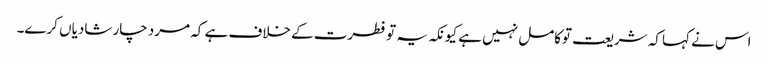
اس نے کہا کہ شریعت توکامل نہیں ہے کیونکہ یہ تو فطرت کے خلاف ہے کہ مرد چار شادیاں کرے۔